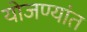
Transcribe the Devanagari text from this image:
योजण्यांत